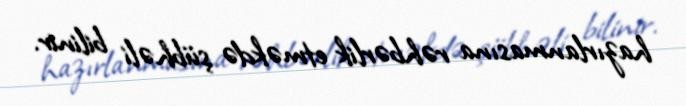
hazırlanmasına rəhbərlik etməkdə şübhəli bilinir.